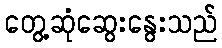
တွေ့ဆုံဆွေးနွေးသည်